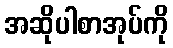
အဆိုပါစာအုပ်ကို